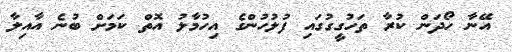
އޭނާ ހޯދަން ކުރާ ތަހުގީގުގައި ފުލުހުންގެ އިހުމާލު އޮތް ކަމަށް ބުނެ އާއިލާ